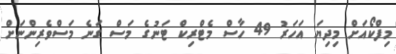
މިފްކޯއަށް މިދިޔަ އަހަރު 49 ހާސް މެޓްރިކް ޓަނުގެ މަސް ގަނެ މަސްވެރިންނަށް